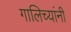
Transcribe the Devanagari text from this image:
गालिच्यांनी